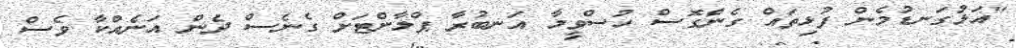
"އަޅުގަނޑުމެން ފުޅިތައް ގެންގޮސް ހުސްވީމާ އަނބުރާ ޕްލާންޓަށް ގެނެސް ދެން އަނެއްކާ ވެސް